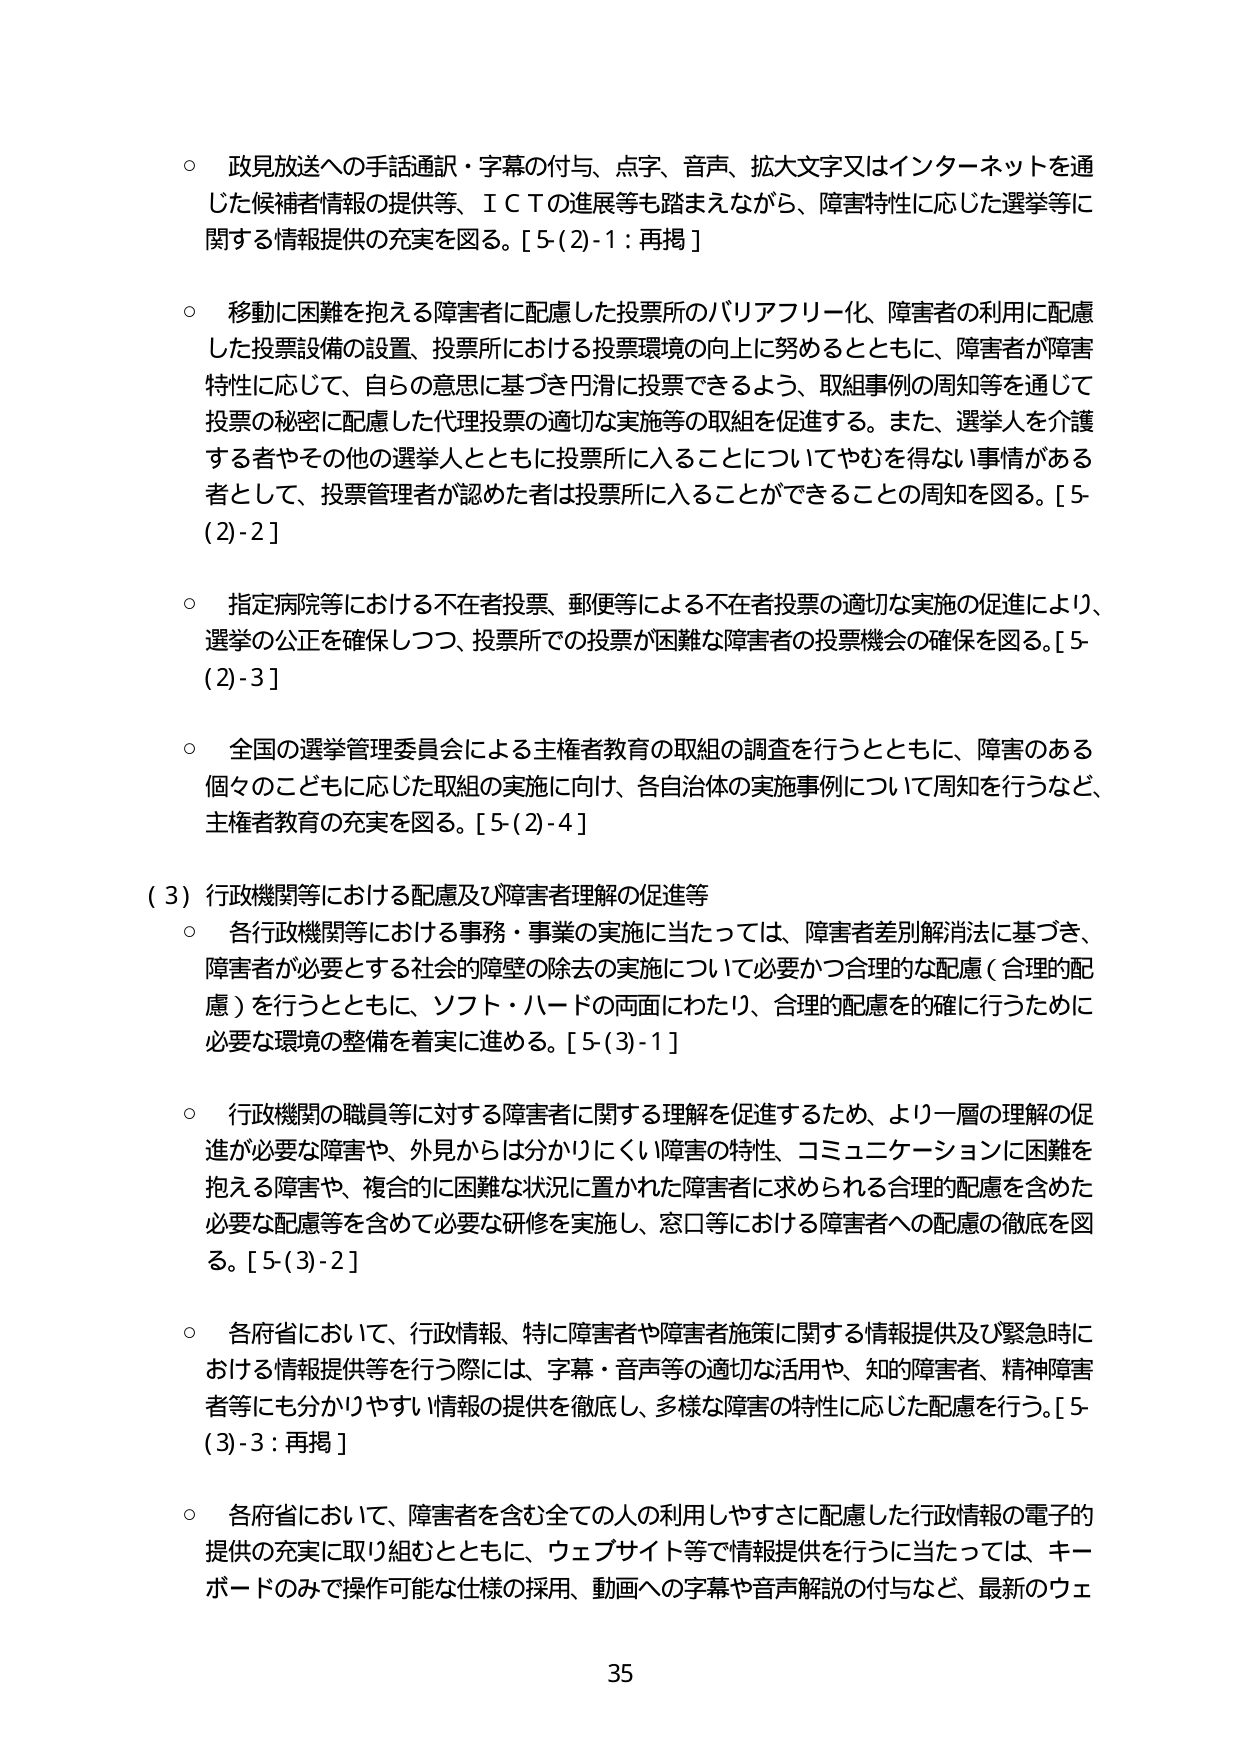
○ 政見放送への手話通訳・字幕の付与、点字、音声、拡大文字又はインターネットを通じた候補者情報の提供等、ＩＣＴの進展等も踏まえながら、障害特性に応じた選挙等に関する情報提供の充実を図る。[5-(2)-1：再掲]

○ 移動に困難を抱える障害者に配慮した投票所のバリアフリー化、障害者の利用に配慮した投票設備の設置、投票所における投票環境の向上に努めるとともに、障害者が障害特性に応じて、自らの意思に基づき円滑に投票できるよう、取組事例の周知等を通じて投票の秘密に配慮した代理投票の適切な実施等の取組を促進する。また、選挙人を介護する者やその他の選挙人とともに投票所に入ることについてやむを得ない事情がある者として、投票管理者が認めた者は投票所に入ることができるこの周知を図る。[5-(2)-2]

○ 指定病院等における不在者投票、郵便等による不在者投票の適切な実施の促進により、選挙の公正を確保しつつ、投票所での投票が困難な障害者の投票機会の確保を図る。[5-(2)-3]

○ 全国の選挙管理委員会による主権者教育の取組の調査を行うとともに、障害のある個々のこどもに応じた取組の実施に向け、各自治体の実施事例について周知を行うなど、主権者教育の充実を図る。[5-(2)-4]

（3）行政機関等における配慮及び障害者理解の促進等

○ 各行政機関等における事務・事業の実施に当たっては、障害者差別解消法に基づき、障害者が必要とする社会的障壁の除去の実施について必要かつ合理的な配慮（合理的配慮）を行うとともに、ソフト・ハードの両面にわたり、合理的配慮を的確に行うために必要な環境の整備を着実に進める。[5-(3)-1]

○ 行政機関の職員等に対する障害者に関する理解を促進するため、より一層の理解の促進が必要な障害や、外見からは分かりにくい障害の特性、コミュニケーションに困難を抱える障害や、複合的に困難な状況に置かれた障害者に求められる合理的配慮を含めた必要な配慮等を含めて必要な研修を実施し、窓口等における障害者への配慮の徹底を図る。[5-(3)-2]

○ 各府省において、行政情報、特に障害者や障害者施策に関する情報提供及び緊急時における情報提供等を行う際には、字幕・音声等の適切な活用や、知的障害者、精神障害者等にも分かりやすい情報の提供を徹底し、多様な障害の特性に応じた配慮を行う。[5-(3)-3：再掲]

○ 各府省において、障害者を含む全ての人の利用しやすさに配慮した行政情報の電子的提供の充実に取り組むとともに、ウェブサイト等で情報提供を行うに当たっては、キーボードのみで操作可能な仕様の採用、動画への字幕や音声解説の付与など、最新のウェ

35